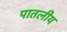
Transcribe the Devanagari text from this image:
पातलीय